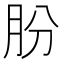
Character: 肦